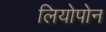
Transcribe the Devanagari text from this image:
लियोपोन